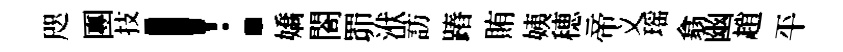
咫團技！嬌閤𦊑洑訪蹖賄姨穂帝义瑶翕幽趙平